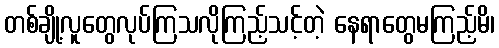
တစ်ချို့လူတွေလုပ်ကြသလိုကြည့်သင့်တဲ့ နေရာတွေမကြည့်မိ၊